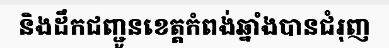
និងដឹកជញ្ជូនខេត្តកំពង់ឆ្នាំងបានជំរុញ